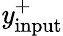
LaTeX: \mathit{y}_{\mathrm{{input}}}^{+}